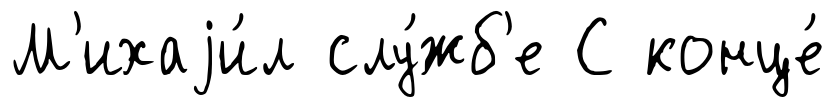
М'ихаjи́л слу́жб'е С конце́